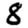
Digit: 8